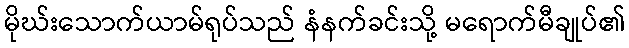
မိုဃ်းသောက်ယာမ်ရုပ်သည် နံနက်ခင်းသို့ မရောက်မီချုပ်၏